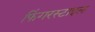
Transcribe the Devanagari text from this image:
फिंगरस्टाइल